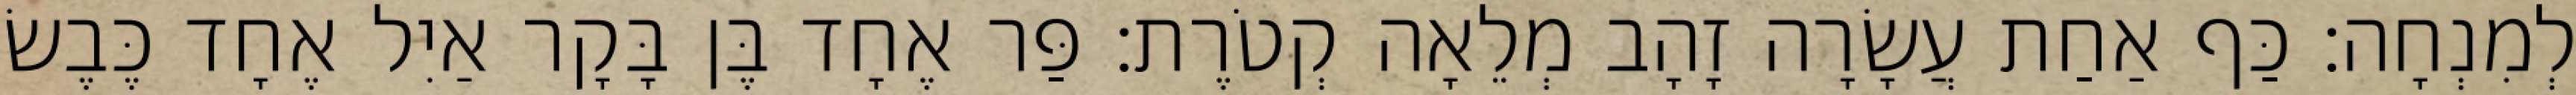
לְמִנְחָה׃ כַּף אַחַת עֲשָׂרָה זָהָב מְלֵאָה קְטֹרֶת׃ פַּר אֶחָד בֶּן בָּקָר אַיִל אֶחָד כֶּבֶשׂ